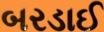
બરડાઈ